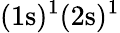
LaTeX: (1\mathrm{s})^{1}(2\mathrm{s})^{1}